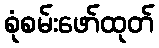
စုံစမ်းဖော်ထုတ်